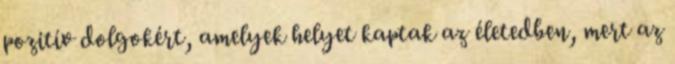
pozitív dolgokért, amelyek helyet kaptak az életedben, mert az